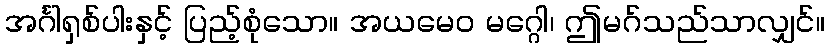
အင်္ဂါရှစ်ပါးနှင့် ပြည့်စုံသော။ အယမေဝ မဂ္ဂေါ၊ ဤမဂ်သည်သာလျှင်။